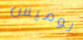
لوميس